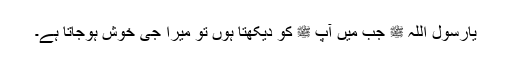
یارسول اللہ ﷺ جب میں آپ ﷺ کو دیکھتا ہوں تو میرا جی خوش ہوجاتا ہے۔